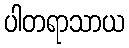
ပါတရာသာယ